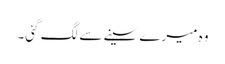
وہ میرے سینے سے لگ گئی۔